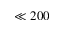
\ll 2 0 0